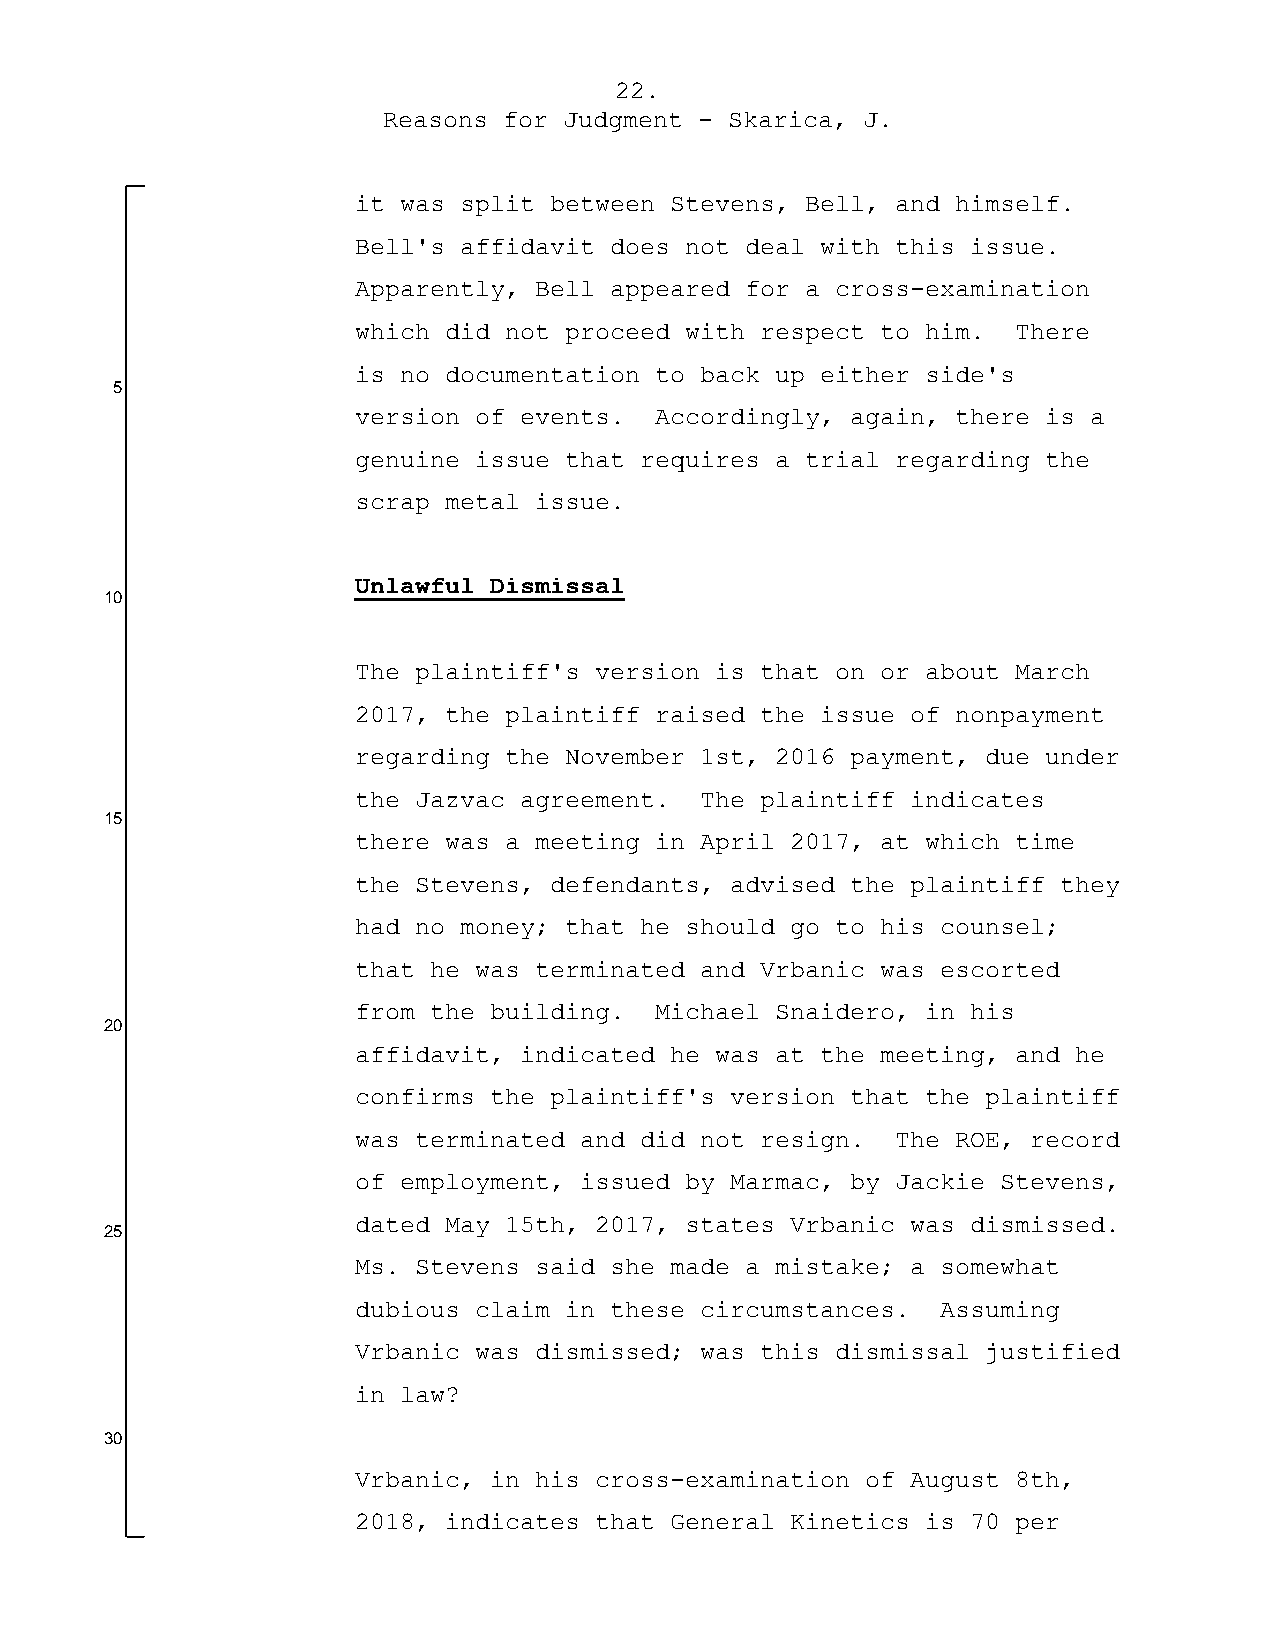
22.
 Reasons for Judgment - Skarica, J.
 it was split between Stevens, Bell, and himself.
 Bell's affidavit does not deal with this issue.
 Apparently, Bell appeared for a cross-examination
 which did not proceed with respect to him.  There
 is no documentation to back up either side's
 5
 version of events.  Accordingly, again, there is a
 genuine issue that requires a trial regarding the
 scrap metal issue.
 Unlawful Dismissal
 10
 The plaintiff's version is that on or about March
 2017, the plaintiff raised the issue of nonpayment
 regarding the November 1st, 2016 payment, due under
 the Jazvac agreement.  The plaintiff indicates
 15
 there was a meeting in April 2017, at which time
 the Stevens, defendants, advised the plaintiff they
 had no money; that he should go to his counsel;
 that he was terminated and Vrbanic was escorted
 from the building.  Michael Snaidero, in his
 20
 affidavit, indicated he was at the meeting, and he
 confirms the plaintiff's version that the plaintiff
 was terminated and did not resign.  The ROE, record
 of employment, issued by Marmac, by Jackie Stevens,
 dated May 15th, 2017, states Vrbanic was dismissed.
 25
 Ms. Stevens said she made a mistake; a somewhat
 dubious claim in these circumstances.  Assuming
 Vrbanic was dismissed; was this dismissal justified
 in law?
 30
 Vrbanic, in his cross-examination of August 8th,
 2018, indicates that General Kinetics is 70 per